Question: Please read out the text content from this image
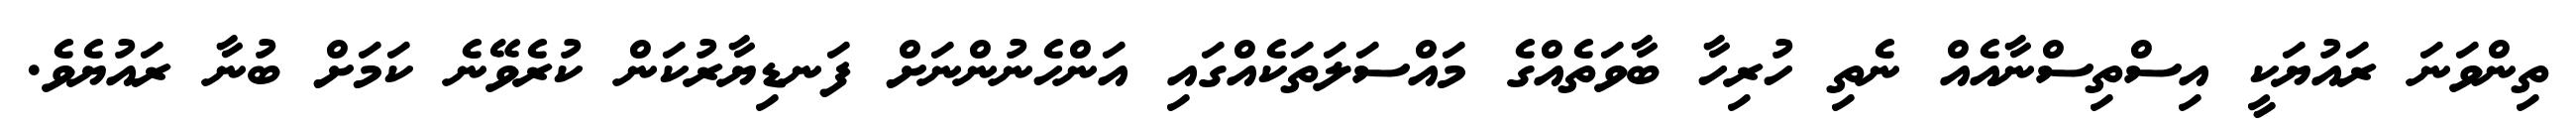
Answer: ތިންވަނަ ރައުޔަކީ އިސްތިސްނާއެއް ނެތި ހުރިހާ ބާވަތެއްގެ މައްސަލަތަކެއްގައި އަންހެނުންނަށް ފަނޑިޔާރުކަން ކުރެވޭނެ ކަމަށް ބުނާ ރައުޔެވެ.